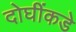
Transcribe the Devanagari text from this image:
दोघींकडे